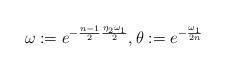
LaTeX: \begin{align*}\omega:=e^{-\frac{n-1}{2}\frac{\eta_2 \omega_1}{2}}, \theta:=e^{-\frac{\omega_1}{2n}}\end{align*}